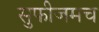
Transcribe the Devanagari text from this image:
सुफीजमच